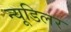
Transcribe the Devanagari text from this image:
न्यूडिलर